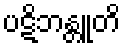
ပဋိဘန္တူတိ